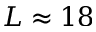
L \approx 1 8